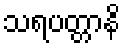
သရပတ္တာနိ